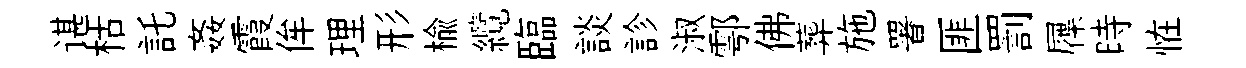
谌枯託姦霞侔理形榆纜臨談診淑鄠佛葬施署匪罰屧時恠